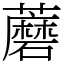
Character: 蘑